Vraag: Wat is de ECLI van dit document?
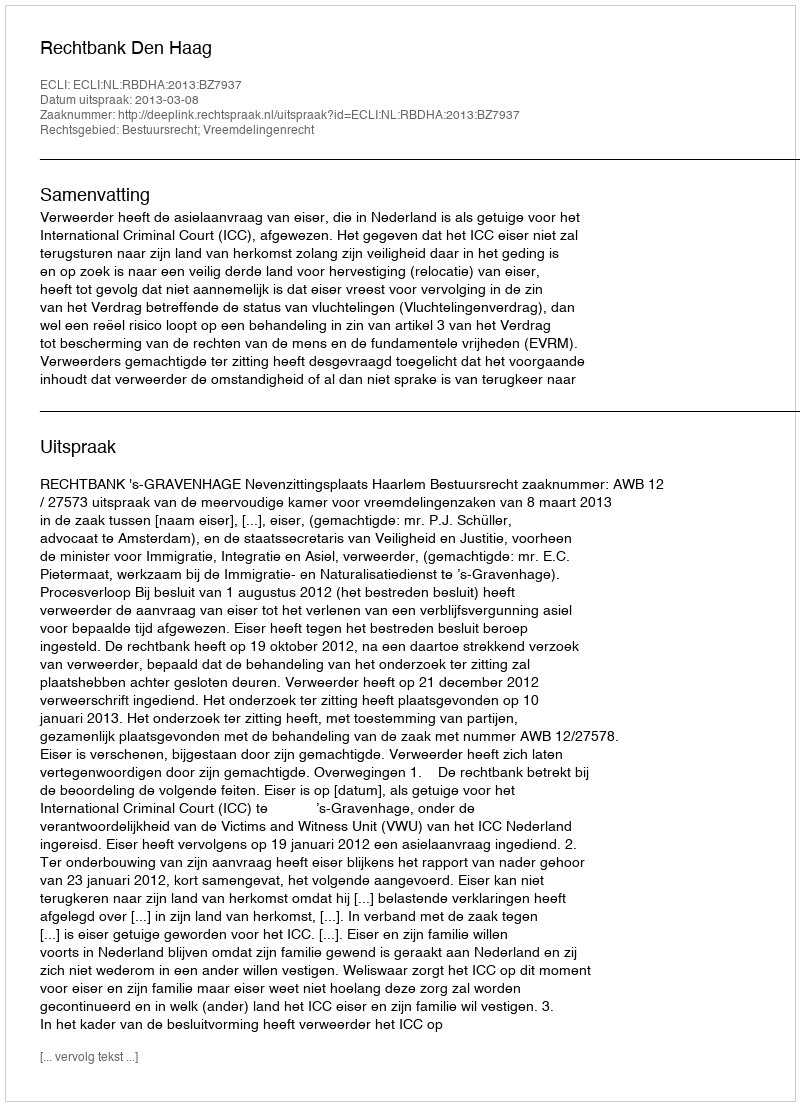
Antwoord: ECLI:NL:RBDHA:2013:BZ7937